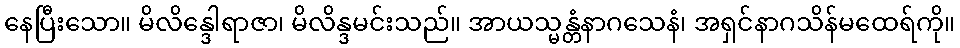
နေပြီးသော။ မိလိန္ဒေါရာဇာ၊ မိလိန္ဒမင်းသည်။ အာယသ္မန္တံနာဂသေနံ၊ အရှင်နာဂသိန်မထေရ်ကို။